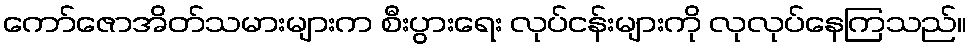
ကော်ဇောအိတ်သမားများက စီးပွားရေး လုပ်ငန်းများကို လုလုပ်နေကြသည်။